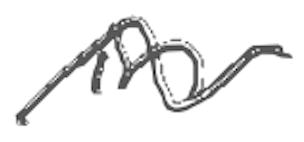
Text: in
Cross-out: wave
Writing tool: digital_gray